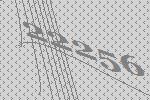
22256